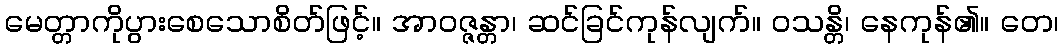
မေတ္တာကိုပွားစေသောစိတ်ဖြင့်။ အာဝဇ္ဇန္တာ၊ ဆင်ခြင်ကုန်လျက်။ ဝသန္တိ၊ နေကုန်၏။ တေ၊